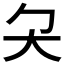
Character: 𡗛